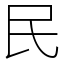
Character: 民